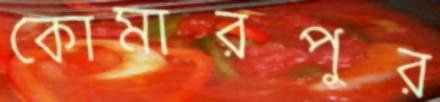
কোমারপুর